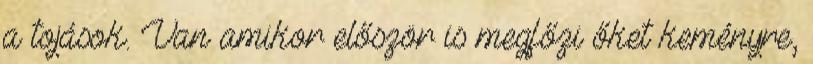
a tojások. Van amikor először is megfőzi őket keményre,